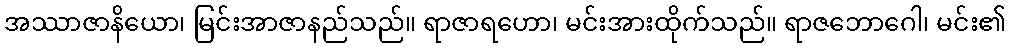
အဿာဇာနိယော၊ မြင်းအာဇာနည်သည်။ ရာဇာရဟော၊ မင်းအားထိုက်သည်။ ရာဇဘောဂေါ၊ မင်း၏